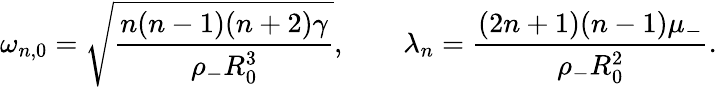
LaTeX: \omega_{n,0}=\sqrt{\frac{n(n-1)(n+2)\gamma}{\rho_{-}R_{0}^{3}}},\qquad\lambda_{n}=\frac{(2n+1)(n-1)\mu_{-}}{\rho_{-}R_{0}^{2}}.